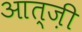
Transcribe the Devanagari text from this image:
आत्ज़ी